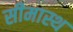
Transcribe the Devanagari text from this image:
सीमास्थ